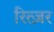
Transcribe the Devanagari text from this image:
रित्ज़र